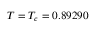
T = T _ { c } = 0 . 8 9 2 9 0